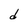
Character: d